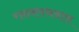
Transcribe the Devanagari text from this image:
रक्तक्लथनास